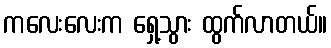
ကလေးလေးက ရှေ့သွား ထွက်လာတယ်။